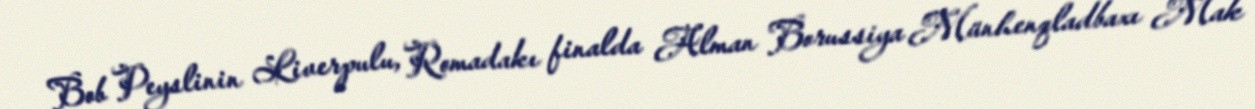
Bob Peyslinin Liverpulu, Romadakı finalda Alman Borussiya Münhenqladbaxı Mak